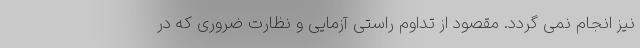
نیز انجام نمی گردد. مقصود از تداوم راستی آزمایی و نظارت ضروری که در